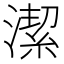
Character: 潔